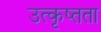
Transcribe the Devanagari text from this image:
उत्कृष्तता